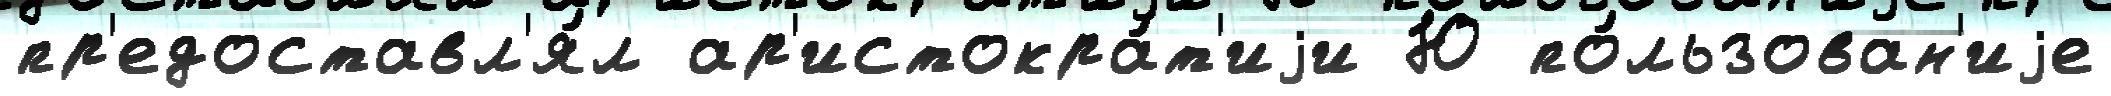
пр'едоставл'я́л ар'истокра́т'иjи Ю по́льзован'иjе